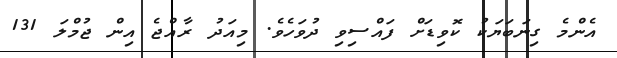
އެންމެ ގިނަބަޔަކު ކޮވިޑަށް ފައްސިވި ދުވަހެވެ. މިއަދު ރާއްޖެ އިން ޖުމްލަ 131